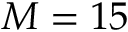
M = 1 5